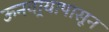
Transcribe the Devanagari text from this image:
ऊनवार्‍यापासून